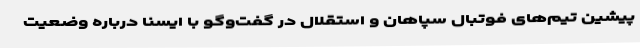
پیشین تیم‌های فوتبال سپاهان و استقلال در گفت‌وگو با ایسنا درباره وضعیت